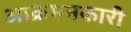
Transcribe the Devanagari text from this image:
आक्रमनकारी